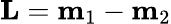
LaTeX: \mathbf{L}=\mathbf{m}_{1}-\mathbf{m}_{2}